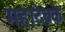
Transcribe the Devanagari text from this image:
महादेवके